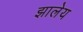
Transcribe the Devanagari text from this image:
झालेय